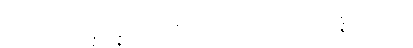
ထိုအခါ၌။ သန္နိသိန္နာနံ၊ အညီအညွတ်နေကုန်သော။ သန္နိပတိတာနံ၊